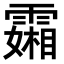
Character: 𬰍